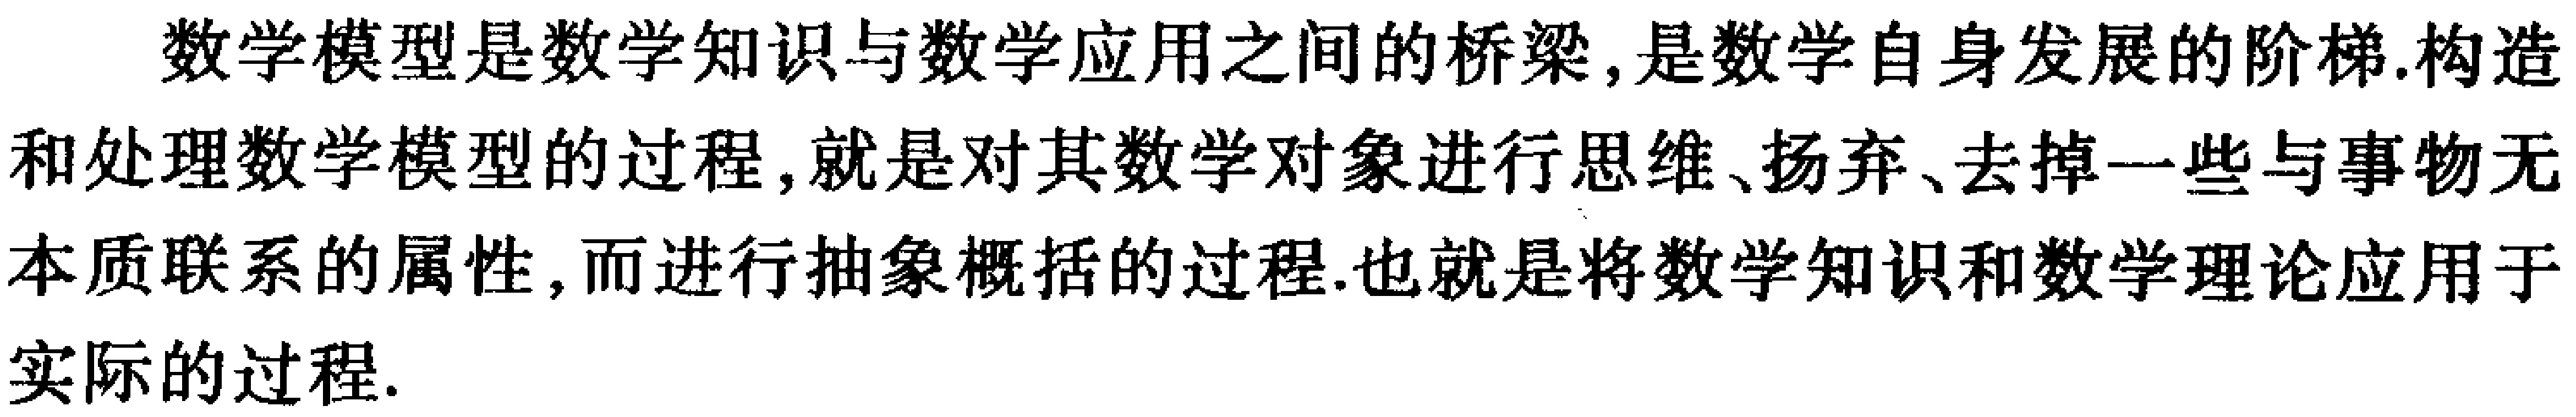
数学模型是数学知识与数学应用之间的桥梁, 是数学自身发展的阶梯.构造和处理数学模型的过程, 就是对其数学对象进行思维、扬弃、去掉一些与事物无本质联系的属性, 而进行抽象概括的过程.也就是将数学知识和数学理论应用于实际的过程.